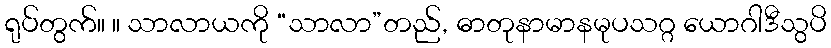
ရုပ်တွက်။ ။ သာလာယကို “သာလာ”တည်, ဓာတုနာမာနမုပသဂ္ဂ ယောဂါဒီသွပိ